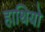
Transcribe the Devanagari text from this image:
हाथियो